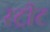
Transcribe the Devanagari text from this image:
रट्रीट